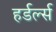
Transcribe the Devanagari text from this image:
हर्डर्ल्स